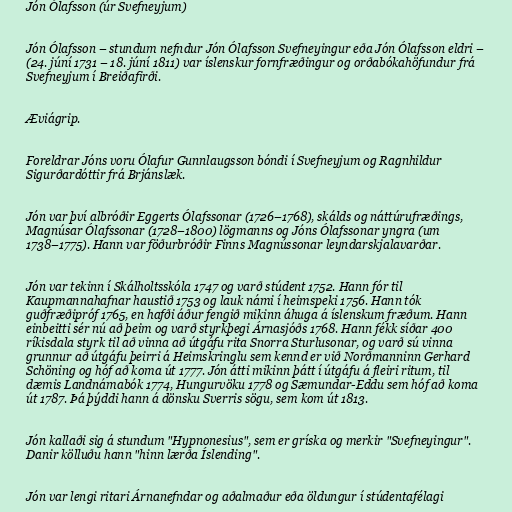
Jón Ólafsson (úr Svefneyjum)

Jón Ólafsson – stundum nefndur Jón Ólafsson Svefneyingur eða Jón Ólafsson eldri –
(24. júní 1731 – 18. júní 1811) var íslenskur fornfræðingur og orðabókahöfundur frá
Svefneyjum í Breiðafirði.

Æviágrip.

Foreldrar Jóns voru Ólafur Gunnlaugsson bóndi í Svefneyjum og Ragnhildur
Sigurðardóttir frá Brjánslæk.

Jón var því albróðir Eggerts Ólafssonar (1726–1768), skálds og náttúrufræðings,
Magnúsar Ólafssonar (1728–1800) lögmanns og Jóns Ólafssonar yngra (um
1738–1775). Hann var föðurbróðir Finns Magnússonar leyndarskjalavarðar.

Jón var tekinn í Skálholtsskóla 1747 og varð stúdent 1752. Hann fór til
Kaupmannahafnar haustið 1753 og lauk námi í heimspeki 1756. Hann tók
guðfræðipróf 1765, en hafði áður fengið mikinn áhuga á íslenskum fræðum. Hann
einbeitti sér nú að þeim og varð styrkþegi Árnasjóðs 1768. Hann fékk síðar 400
ríkisdala styrk til að vinna að útgáfu rita Snorra Sturlusonar, og varð sú vinna
grunnur að útgáfu þeirri á Heimskringlu sem kennd er við Norðmanninn Gerhard
Schöning og hóf að koma út 1777. Jón átti mikinn þátt í útgáfu á fleiri ritum, til
dæmis Landnámabók 1774, Hungurvöku 1778 og Sæmundar-Eddu sem hóf að koma
út 1787. Þá þýddi hann á dönsku Sverris sögu, sem kom út 1813.

Jón kallaði sig á stundum "Hypnonesius", sem er gríska og merkir "Svefneyingur".
Danir kölluðu hann "hinn lærða Íslending".

Jón var lengi ritari Árnanefndar og aðalmaður eða öldungur í stúdentafélagi